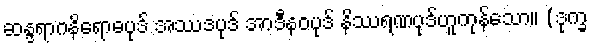
ဆန္ဒရာဂနိရောဓပုဒ် အဿဒပုဒ် အာဒီနဝပုဒ် နိဿရဏပုဒ်ဟူကုန်သော။ (ဒုက္ခ